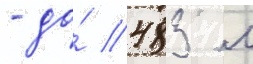
- до́ 483 м